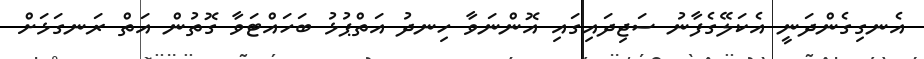
އެނގިގެންދަނީ އެކަލޭގެފާނު ސަޖިދައިގައި އޮންނަވާ ހިނދު އަތްޕުޅު ބަހައްޓަވާ ގޮތުން އަތް ރަނގަޅަށް